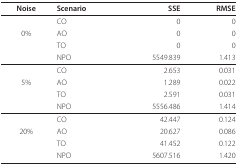
| Noise | Scenario | SSE | RMSE |
 | --- | --- | --- | --- |
 |  | CO | 0 | 0 |
 | 0% | AO | 0 | 0 |
 |  | TO | 0 | 0 |
 |  | NPO | 5549.839 | 1.413 |
 |  | CO | 2.653 | 0.031 |
 | 5% | AO | 1.289 | 0.022 |
 |  | TO | 2.591 | 0.031 |
 |  | NPO | 5556.486 | 1.414 |
 |  | CO | 42.447 | 0.124 |
 | 20% | AO | 20.627 | 0.086 |
 |  | TO | 41.452 | 0.122 |
 |  | NPO | 5607.516 | 1.420 |